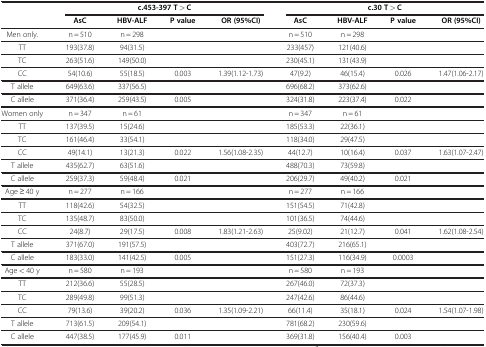
<table><thead><tr><td rowspan="2"><b> </b></td><td colspan="4"><b>c.453-397 T &gt; C</b></td><td colspan="4"><b>c.30 T &gt; C</b></td></tr><tr><td><b>AsC</b></td><td><b>HBV-ALF</b></td><td><b>P value</b></td><td><b>OR (95%CI)</b></td><td><b>AsC</b></td><td><b>HBV-ALF</b></td><td><b>P value</b></td><td><b>OR (95%CI)</b></td></tr></thead><tbody><tr><td>Men only.</td><td>n = 510</td><td>n = 298</td><td> </td><td> </td><td>n = 510</td><td>n = 298</td><td> </td><td> </td></tr><tr><td>TT</td><td>193(37.8)</td><td>94(31.5)</td><td> </td><td> </td><td>233(457)</td><td>121(40.6)</td><td> </td><td> </td></tr><tr><td>TC</td><td>263(51.6)</td><td>149(50.0)</td><td> </td><td> </td><td>230(45.1)</td><td>131(43.9)</td><td> </td><td> </td></tr><tr><td>CC</td><td>54(10.6)</td><td>55(18.5)</td><td>0.003</td><td>1.39(1.12-1.73)</td><td>47(9.2)</td><td>46(15.4)</td><td>0.026</td><td>1.47(1.06-2.17)</td></tr><tr><td>T allele</td><td>649(63.6)</td><td>337(56.5)</td><td> </td><td> </td><td>696(68.2)</td><td>373(62.6)</td><td> </td><td> </td></tr><tr><td>C allele</td><td>371(36.4)</td><td>259(43.5)</td><td>0.005</td><td> </td><td>324(31.8)</td><td>223(37.4)</td><td>0.022</td><td> </td></tr><tr><td>Women only</td><td>n = 347</td><td>n = 61</td><td> </td><td> </td><td>n = 347</td><td>n = 61</td><td> </td><td> </td></tr><tr><td>TT</td><td>137(39.5)</td><td>15(24.6)</td><td> </td><td> </td><td>185(53.3)</td><td>22(36.1)</td><td> </td><td> </td></tr><tr><td>TC</td><td>161(46.4)</td><td>33(54.1)</td><td> </td><td> </td><td>118(34.0)</td><td>29(47.5)</td><td> </td><td> </td></tr><tr><td>CC</td><td>49(14.1)</td><td>13(21.3)</td><td>0.022</td><td>1.56(1.08-2.35)</td><td>44(12.7)</td><td>10(16.4)</td><td>0.037</td><td>1.63(1.07-2.47)</td></tr><tr><td>T allele</td><td>435(62.7)</td><td>63(51.6)</td><td> </td><td> </td><td>488(70.3)</td><td>73(59.8)</td><td> </td><td> </td></tr><tr><td>C allele</td><td>259(37.3)</td><td>59(48.4)</td><td>0.021</td><td> </td><td>206(29.7)</td><td>49(40.2)</td><td>0.021</td><td> </td></tr><tr><td>Age ≥ 40 y</td><td>n = 277</td><td>n = 166</td><td> </td><td> </td><td>n = 277</td><td>n = 166</td><td> </td><td> </td></tr><tr><td>TT</td><td>118(42.6)</td><td>54(32.5)</td><td> </td><td> </td><td>151(54.5)</td><td>71(42.8)</td><td> </td><td> </td></tr><tr><td>TC</td><td>135(48.7)</td><td>83(50.0)</td><td> </td><td> </td><td>101(36.5)</td><td>74(44.6)</td><td> </td><td> </td></tr><tr><td>CC</td><td>24(8.7)</td><td>29(17.5)</td><td>0.008</td><td>1.83(1.21-2.63)</td><td>25(9.02)</td><td>21(12.7)</td><td>0.041</td><td>1.62(1.08-2.54)</td></tr><tr><td>T allele</td><td>371(67.0)</td><td>191(57.5)</td><td> </td><td> </td><td>403(72.7)</td><td>216(65.1)</td><td> </td><td> </td></tr><tr><td>C allele</td><td>183(33.0)</td><td>141(42.5)</td><td>0.005</td><td> </td><td>151(27.3)</td><td>116(34.9)</td><td>0.0003</td><td> </td></tr><tr><td>Age &lt; 40 y</td><td>n = 580</td><td>n = 193</td><td> </td><td> </td><td>n = 580</td><td>n = 193</td><td> </td><td> </td></tr><tr><td>TT</td><td>212(36.6)</td><td>55(28.5)</td><td> </td><td> </td><td>267(46.0)</td><td>72(37.3)</td><td> </td><td> </td></tr><tr><td>TC</td><td>289(49.8)</td><td>99(51.3)</td><td> </td><td> </td><td>247(42.6)</td><td>86(44.6)</td><td> </td><td> </td></tr><tr><td>CC</td><td>79(13.6)</td><td>39(20.2)</td><td>0.036</td><td>1.35(1.09-2.21)</td><td>66(11.4)</td><td>35(18.1)</td><td>0.024</td><td>1.54(1.07-1.98)</td></tr><tr><td>T allele</td><td>713(61.5)</td><td>209(54.1)</td><td> </td><td> </td><td>781(68.2)</td><td>230(59.6)</td><td> </td><td> </td></tr><tr><td>C allele</td><td>447(38.5)</td><td>177(45.9)</td><td>0.011</td><td> </td><td>369(31.8)</td><td>156(40.4)</td><td>0.003</td><td> </td></tr></tbody></table>